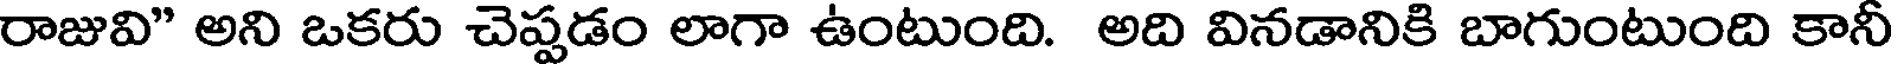
రాజువి" అని ఒకరు చెప్పడం లాగా ఉంటుంది. అది వినడానికి బాగుంటుంది కానీ